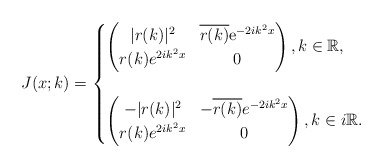
\begin{align*}J(x;k)=\begin{cases}\begin{pmatrix}|r(k)|^2 & \overline{r(k)} \mathrm{e}^{-2ik^2 x}\\r(k) e^{2ik^2 x} & 0\end{pmatrix},k \in \mathbb{R},\\ \\\begin{pmatrix}-|r(k)|^2 & -\overline{r(k)} e^{-2ik^2x} \\r(k) e^{2ik^2x} & 0\end{pmatrix}, k \in i\mathbb{R}. \end{cases}\end{align*}